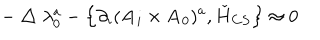
- \bigtriangleup \lambda _ { 0 } ^ { a } - \left\{ \partial _ { i } ( { \bf A } _ { i } \times { \bf A } _ { 0 } ) ^ { a } , \check { H } _ { C S } \right\} \approx 0